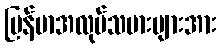
မြန်မာအလုပ်သမားများအား